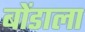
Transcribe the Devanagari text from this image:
बोंडाला